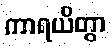
ကာရယိတွာ